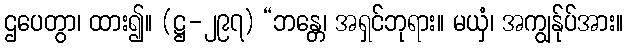
ဌပေတွာ၊ ထား၍။ (ဋ္ဌ-၂၉၇) “ဘန္တေ၊ အရှင်ဘုရား။ မယှံ၊ အကျွန်ုပ်အား။